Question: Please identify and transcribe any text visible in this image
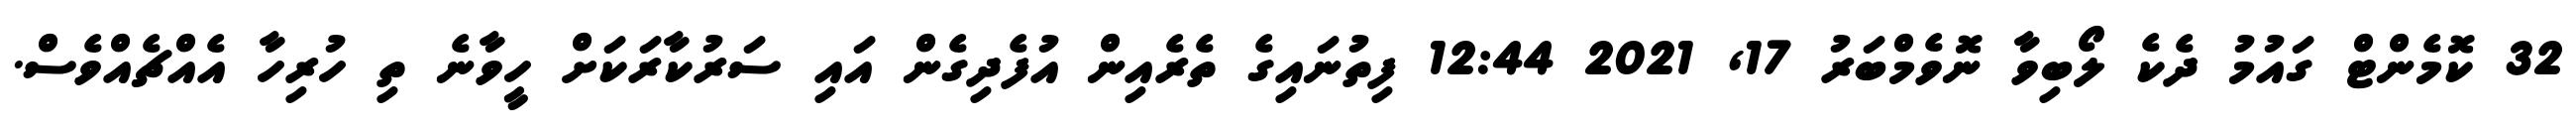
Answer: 32 ކޮމެންޓް ގައުމު ދެކެ ލޯބިވާ ނޮވެމްބަރު 17, 2021 12:44 ފިތުނައިގެ ތެރެއިން އުފެދިގެން އައި ސަރުކާރަކަށް ހީވާނެ ތި ހުރިހާ އެއްޗެއްވެސް.